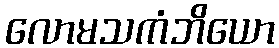
လောမသကံဘိယော